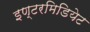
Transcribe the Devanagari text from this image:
इण्टरमिडियेट